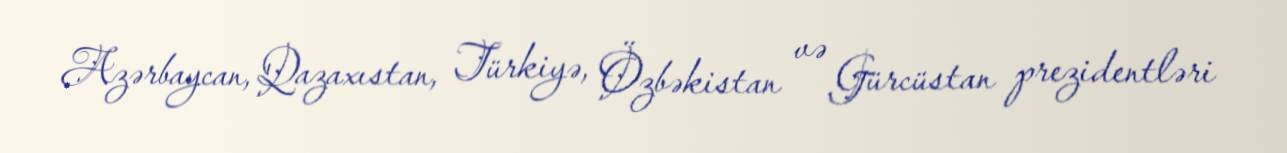
Azərbaycan, Qazaxıstan, Türkiyə, Özbəkistan və Gürcüstan prezidentləri